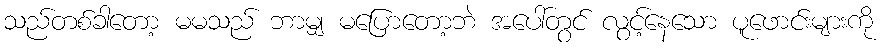
သည်တစ်ခါတော့ မမသည် ဘာမျှ မပြောတော့ဘဲ အပေါ်တွင် လွင့်နေသော ပူဖောင်းများကို